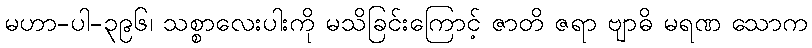
မဟာ-ပါ-၃၉၆၊ သစ္စာလေးပါးကို မသိခြင်းကြောင့် ဇာတိ ဇရာ ဗျာဓိ မရဏ သောက